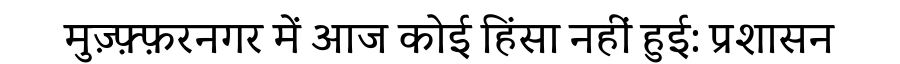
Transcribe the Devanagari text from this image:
मुज़्फ़्फ़रनगर में आज कोई हिंसा नहीं हुई: प्रशासन